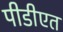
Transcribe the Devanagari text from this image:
पीडीएत